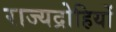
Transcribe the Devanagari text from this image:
राज्यद्रोहियों